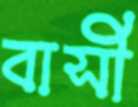
বাসী